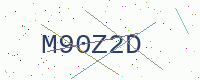
Text: M90Z2D